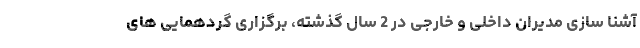
آشنا سازی مدیران داخلی و خارجی در 2 سال گذشته، برگزاری گردهمایی های